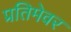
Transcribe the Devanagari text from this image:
प्रतिमेवर